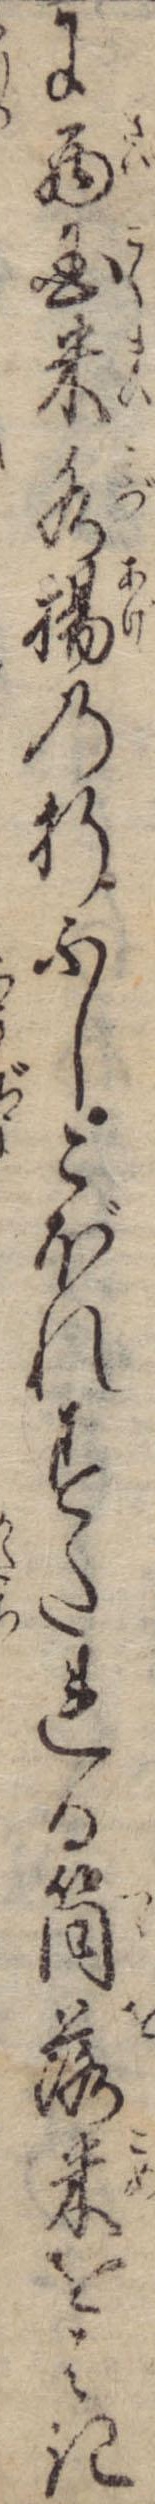
に西国米水揚の折ふしこぼれすたれる筒落米をはき